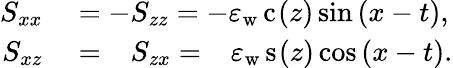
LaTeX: \begin{array}{rl}{S_{xx}}&{{}=-S_{zz}=-\varepsilon_{\mathrm{w}}\, \mathrm{c}_{}(z)\sin{(x-t)},}\\ {S_{xz}}&{{}=\phantom{-}S_{zx}=\phantom{-}\varepsilon_{\mathrm{w}}\, \mathrm{s}_{}(z)\cos{(x-t)}.}\end{array}